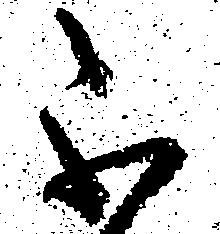
不